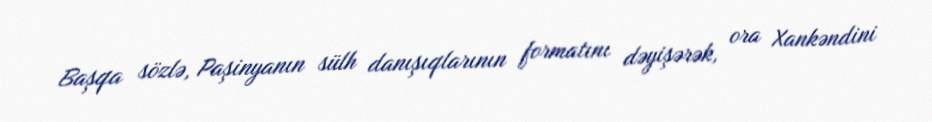
Başqa sözlə, Paşinyanın sülh danışıqlarının formatını dəyişərək, ora Xankəndini